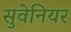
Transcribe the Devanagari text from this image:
सुवेनियर